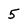
Character: 5